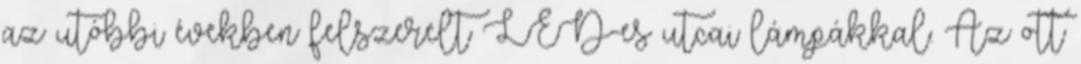
az utóbbi években felszerelt LED-es utcai lámpákkal. Az ott